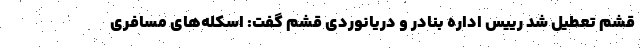
قشم تعطیل شد رییس اداره بنادر و دریانوردی قشم گفت: اسکله‌های مسافری